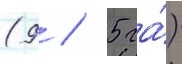
(9 / 5 га́)